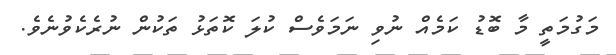
މަގުމަތީ މާ ބޮޑު ކަމެއް ނުވި ނަމަވެސް ކުލަ ކޮތަޅު ތަކުން ނުރެކެވުނެވެ.